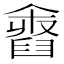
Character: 𦦓